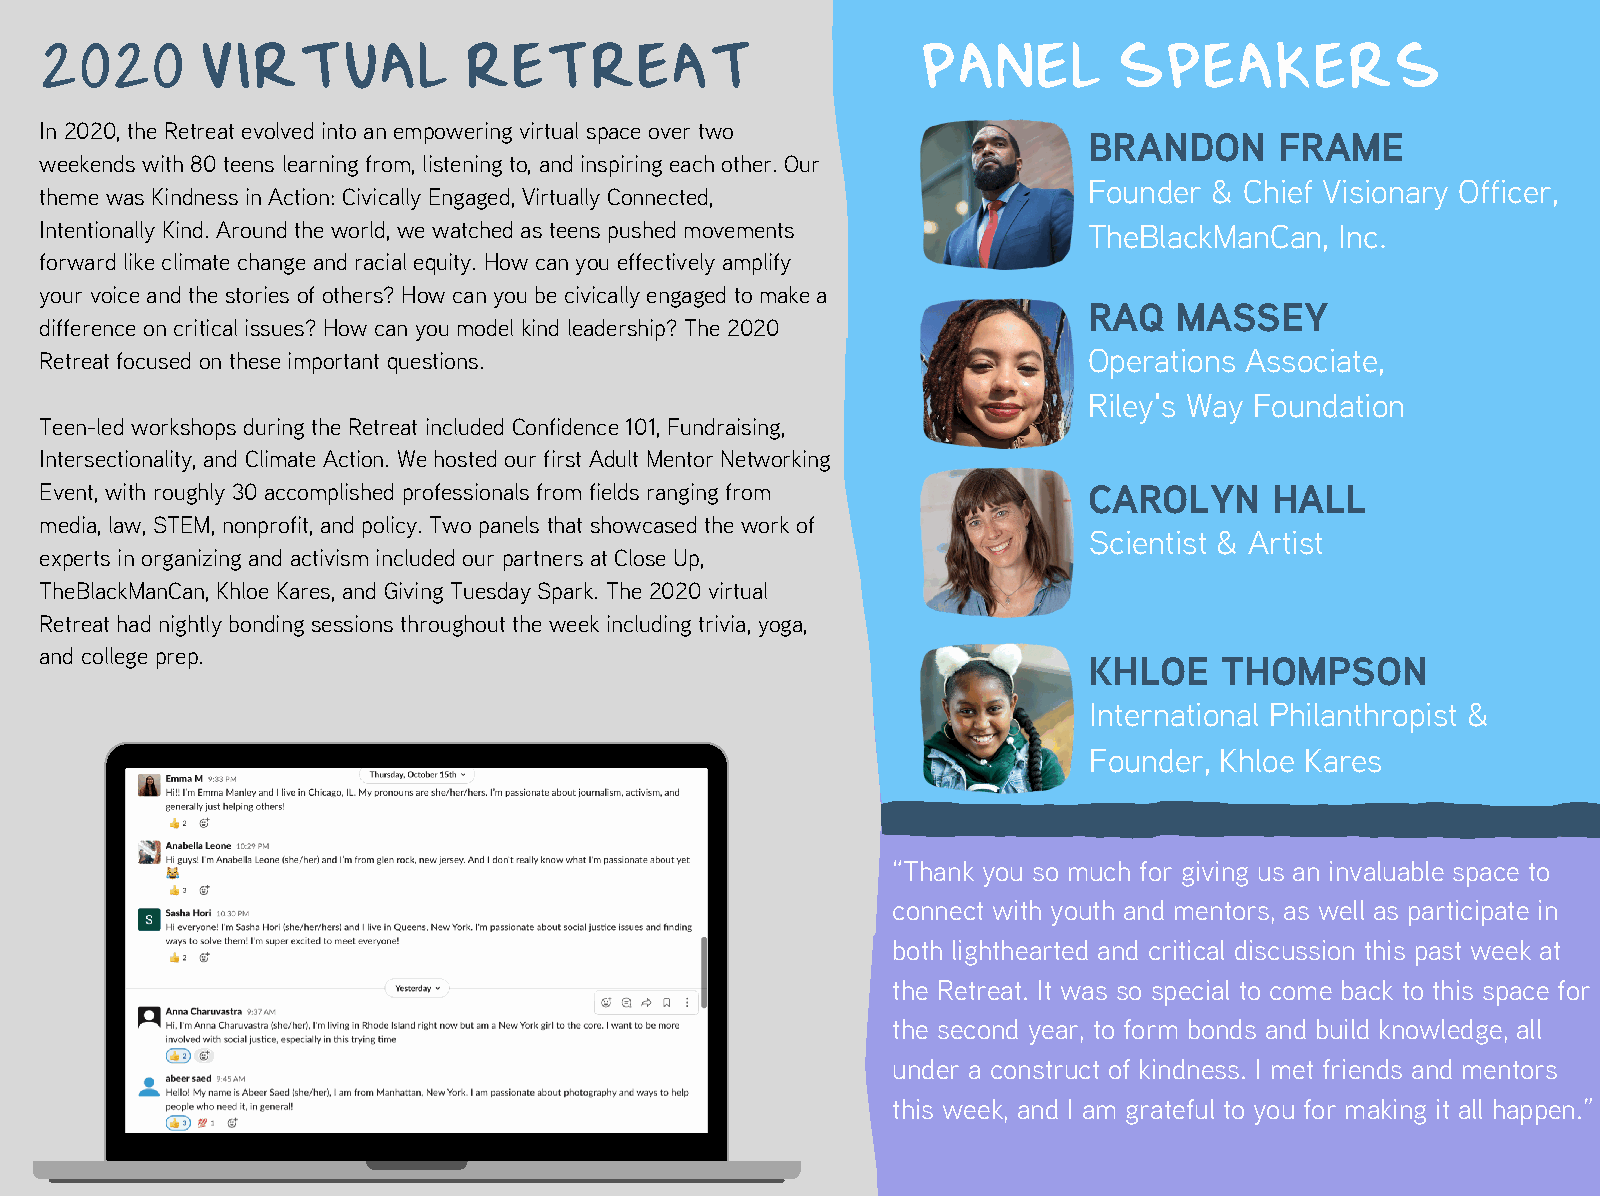
2020      VIRTUAL           RETREAT                       PANEL        SPEAKERS
 In 2020, the Retreat evolved into an empowering virtual space over two
 BRANDON      FRAME
 weekends with 80 teens learning from, listening to, and inspiring each other. Our
 Founder & Chief Visionary Officer,
 theme was Kindness in Action: Civically Engaged, Virtually Connected,
 Intentionally Kind. Around the world, we watched as teens pushed movements TheBlackManCan, Inc.
 forward like climate change and racial equity. How can you effectively amplify
 your voice and the stories of others? How can you be civically engaged to make a
 RAQ   MASSEY
 difference on critical issues? How can you model kind leadership? The 2020
 Retreat focused on these important questions.                        Operations Associate,
 Riley's Way Foundation
 Teen-led workshops during the Retreat included Confidence 101, Fundraising,
 Intersectionality, and Climate Action. We hosted our first Adult Mentor Networking
 Event, with roughly 30 accomplished professionals from fields ranging from CAROLYN HALL
 media, law, STEM, nonprofit, and policy. Two panels that showcased the work of
 Scientist & Artist
 experts in organizing and activism included our partners at Close Up,
 TheBlackManCan, Khloe Kares, and Giving Tuesday Spark. The 2020 virtual
 Retreat had nightly bonding sessions throughout the week including trivia, yoga,
 and college prep.
 KHLOE    THOMPSON
 International Philanthropist &
 Founder, Khloe Kares
 “Thank you so much for giving us an invaluable space to
 connect with youth and mentors, as well as participate in
 both lighthearted and critical discussion this past week at
 the Retreat. It was so special to come back to this space for
 the second year, to form bonds and build knowledge, all
 under a construct of kindness. I met friends and mentors
 this week, and I am grateful to you for making it all happen.”